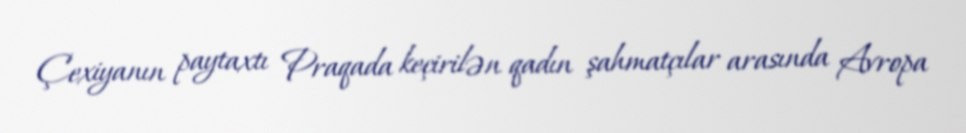
Çexiyanın paytaxtı Praqada keçirilən qadın şahmatçılar arasında Avropa